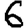
Digit: 6